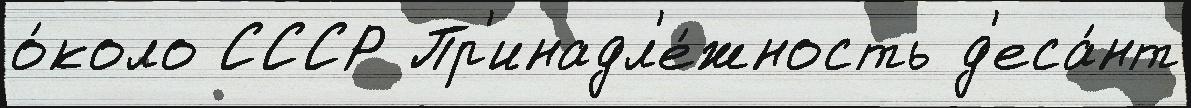
о́коло СССР Пр'инадл'е́жность д'еса́нт